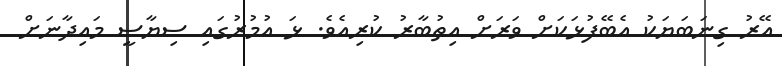
އޭރު ގިނަބަޔަކު އެބޭފުޅަކަށް ވަރަށް އިތުބާރު ކުރިއެވެ. ޅަ އުމުރުގައި ސިޔާސީ މައިދާނަށް